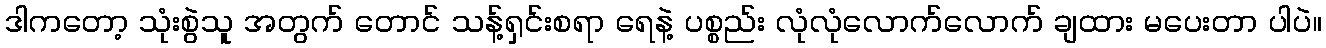
ဒါကတော့ သုံးစွဲသူ အတွက် တောင် သန့်ရှင်းစရာ ရေနဲ့ ပစ္စည်း လုံလုံလောက်လောက် ချထား မပေးတာ ပါပဲ။